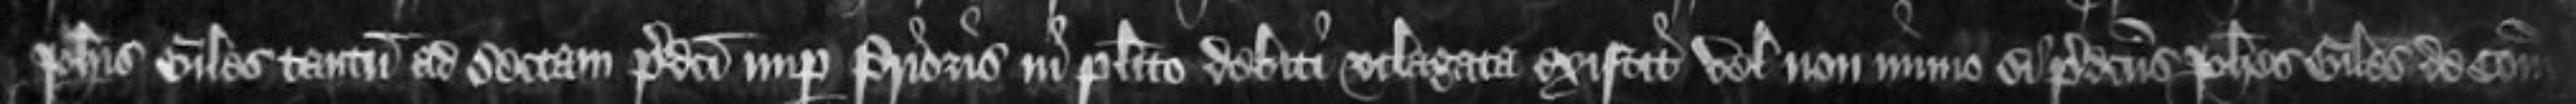
Johannis Giles tantum ad sectam predicti nuper Prioris in placito debiti utlagata existit vel non nimo si predictus Johannes Giles de Comitatu